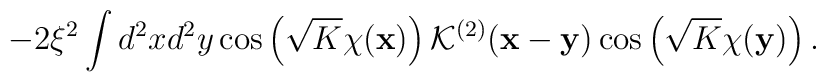
-2\xi^2\int d^2xd^2y\cos\left(\sqrt{K}\chi({\bf x})\right){\mathcal K}^{(2)}({\bf x}-{\bf y})\cos\left(\sqrt{K}\chi({\bf y})\right).